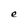
Character: e